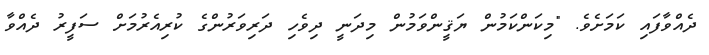
ދެއްވާފައި ކަަމަށެވެ. "މިކަންކަމުން ޔަޤީންވަމުން މިދަނީ ދިވެހި ދަރިވަރުންގެ ކުރިއެރުމަށް ސަފީރު ދެއްވާ